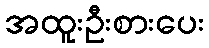
အထူးဦးစားပေး